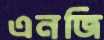
এনজি